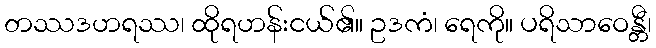
တဿဒဟရဿ၊ ထိုရဟန်းငယ်၏။ ဥဒကံ၊ ရေကို။ ပရိသာဝေန္တီ၊